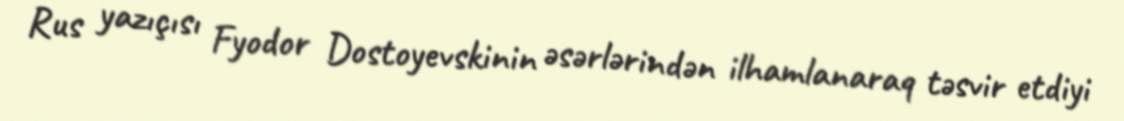
Rus yazıçısı Fyodor Dostoyevskinin əsərlərindən ilhamlanaraq təsvir etdiyi